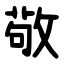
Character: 敬